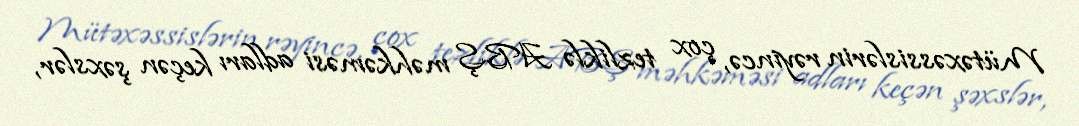
Mütəxəssislərin rəyincə, çox tezliklə ABŞ məhkəməsi adları keçən şəxslər,